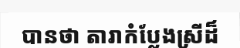
បានថា តារាកំប្លែងស្រីដ៏